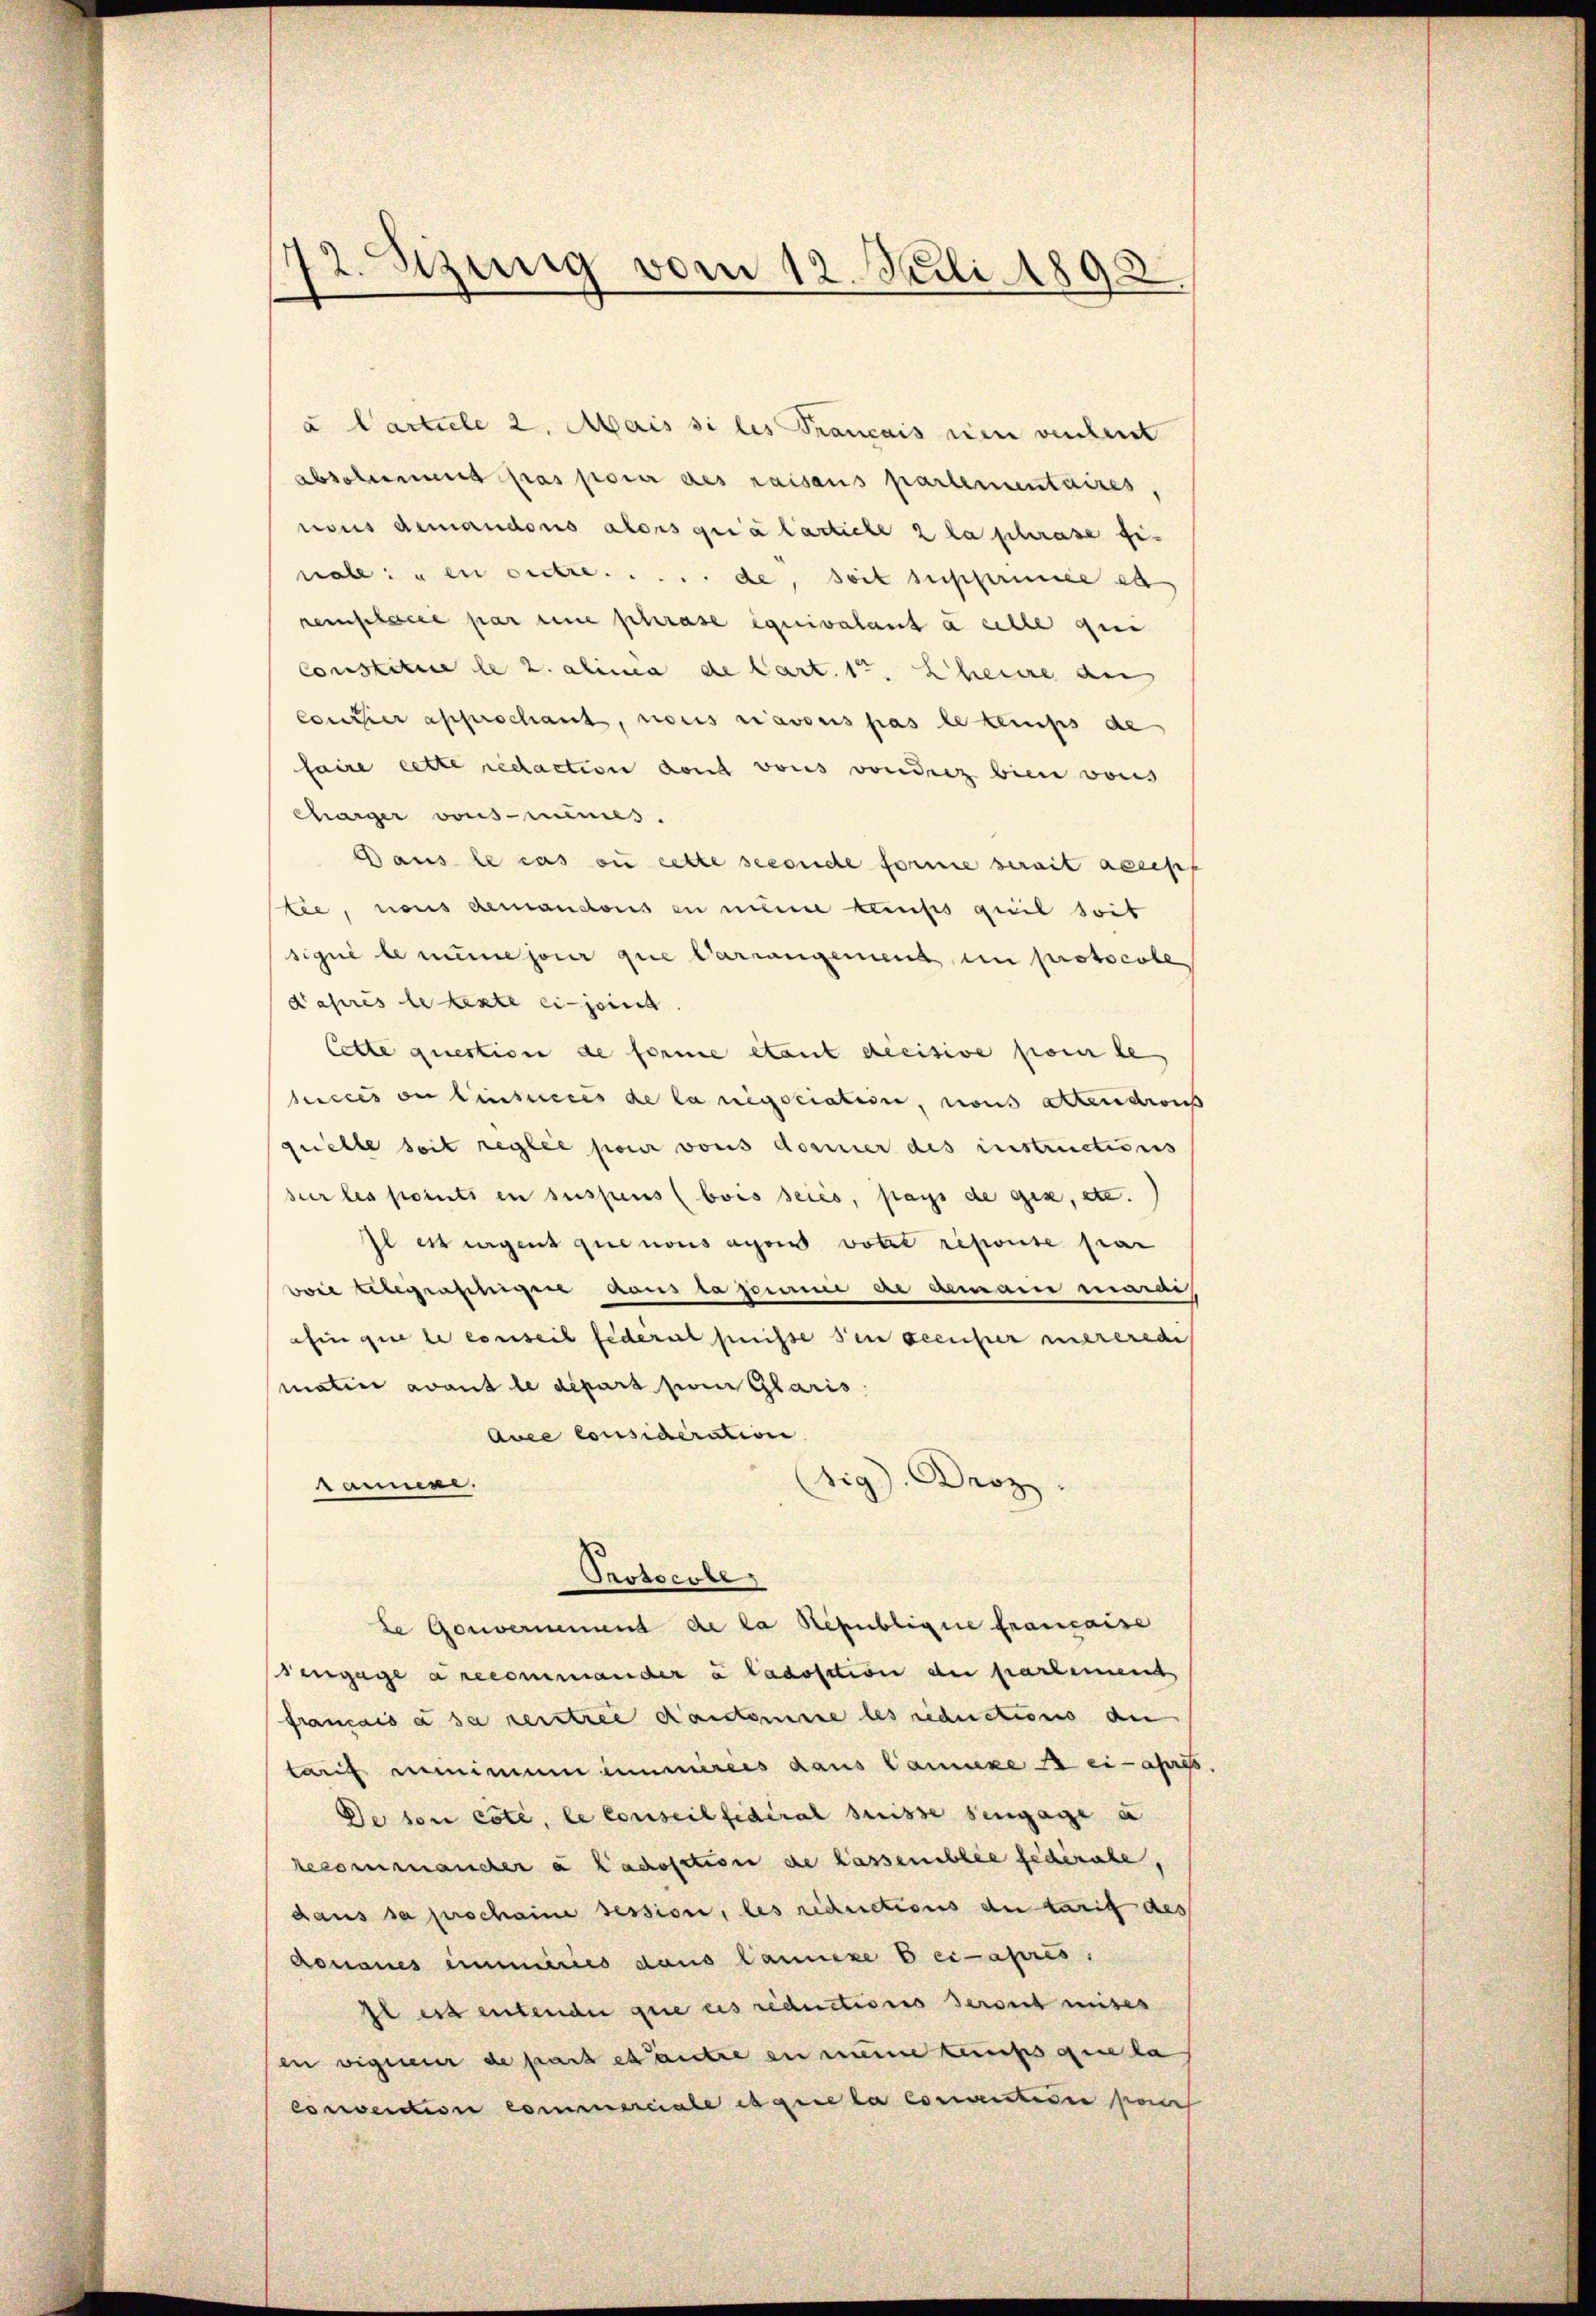
72. Szung vom 12. Juli 1892.

a Cartiele 2. Mais si les Français eien verleut
abschnung gras parer des raisans partementaires,
nous demandons alors quia tarticle 2 la schrase finale en outre. .. .. de, soit supprimée et
remplacée par eine phrase équivalant à celle gi
Constitue le 2. alima de Cart. 1. Eheure an
Coucher apprechant, nous savous pas le temps de
faire cette redaction dont vons voudrez bien vons
Charger vons-mêmes.
Daus le cas ou cette seconde forme serait accep
tie, nous demandons en nun kumps quil soit
signé le mine jour que Carrangement in protocole
Kaprès le texte einjoint
Cette question de forme étant decisive pour le
ces an Einsieces de la negociation, nous attendrons
qrielle soit reglie pour vons dormier des instructionis
sur les points in suspens (bois seies, pays de ges, etc.
Il es eigens que nousagen votis repouse pra
wil Abgrasiger sous la journi ere demann marais
afin que le conseil federat heisse den Seeufer mererede
matini avant le depart zum Glaris
Auce considération
sig. Droz
rammen.
Protocole,
Le Gouvernemend de la Republique française
Fengage a recommander à ladosition der partement
français à sa rentrie causkomme les reductions an
tarf einem immereis daus Canze Sei-ags
De son cote, le Conseilfidéral Suisse sengage a
recommancher a lachsation de lassemblee federate,
daus sa prochaine session, les reductions der tarif des
donaues eimmeries dans Canze bei après.
il es entender que es reductions seront mises
en eigener de part es autre en meine temps que la
convention commerciale dagene la conventiven paren